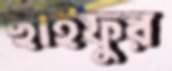
ছাইফুর